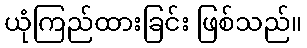
ယုံကြည်ထားခြင်း ဖြစ်သည်။